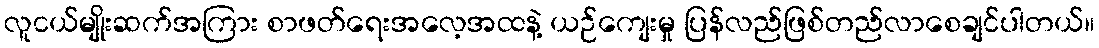
လူငယ်မျိုးဆက်အကြား စာဖတ်ရေးအလေ့အထနဲ့ ယဉ်ကျေးမှု ပြန်လည်ဖြစ်တည်လာစေချင်ပါတယ်။